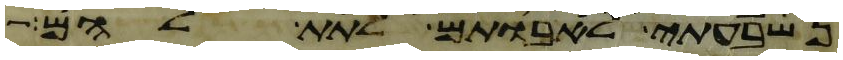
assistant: נשבעתי לאבותם לתת להם